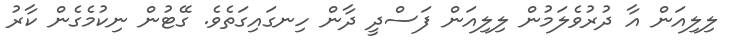
ލިލިއަން އާ ދުރުވެލަމުން ލިލިއަން ފަސްދީ ދާން ހިނގައިގަތެވެ. ގޭޓުން ނިކުމެގެން ކާރު